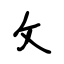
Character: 攵